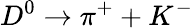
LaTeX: D^{0}\rightarrow\pi^{+}+K^{-}